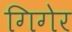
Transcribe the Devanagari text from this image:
गिगेर